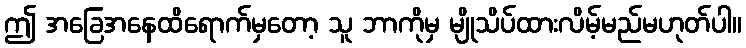
ဤ အခြေအနေထိရောက်မှတော့ သူ ဘာကိုမှ မျိုသိပ်ထားလိမ့်မည်မဟုတ်ပါ။